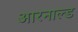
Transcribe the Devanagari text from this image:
आरनाल्ड